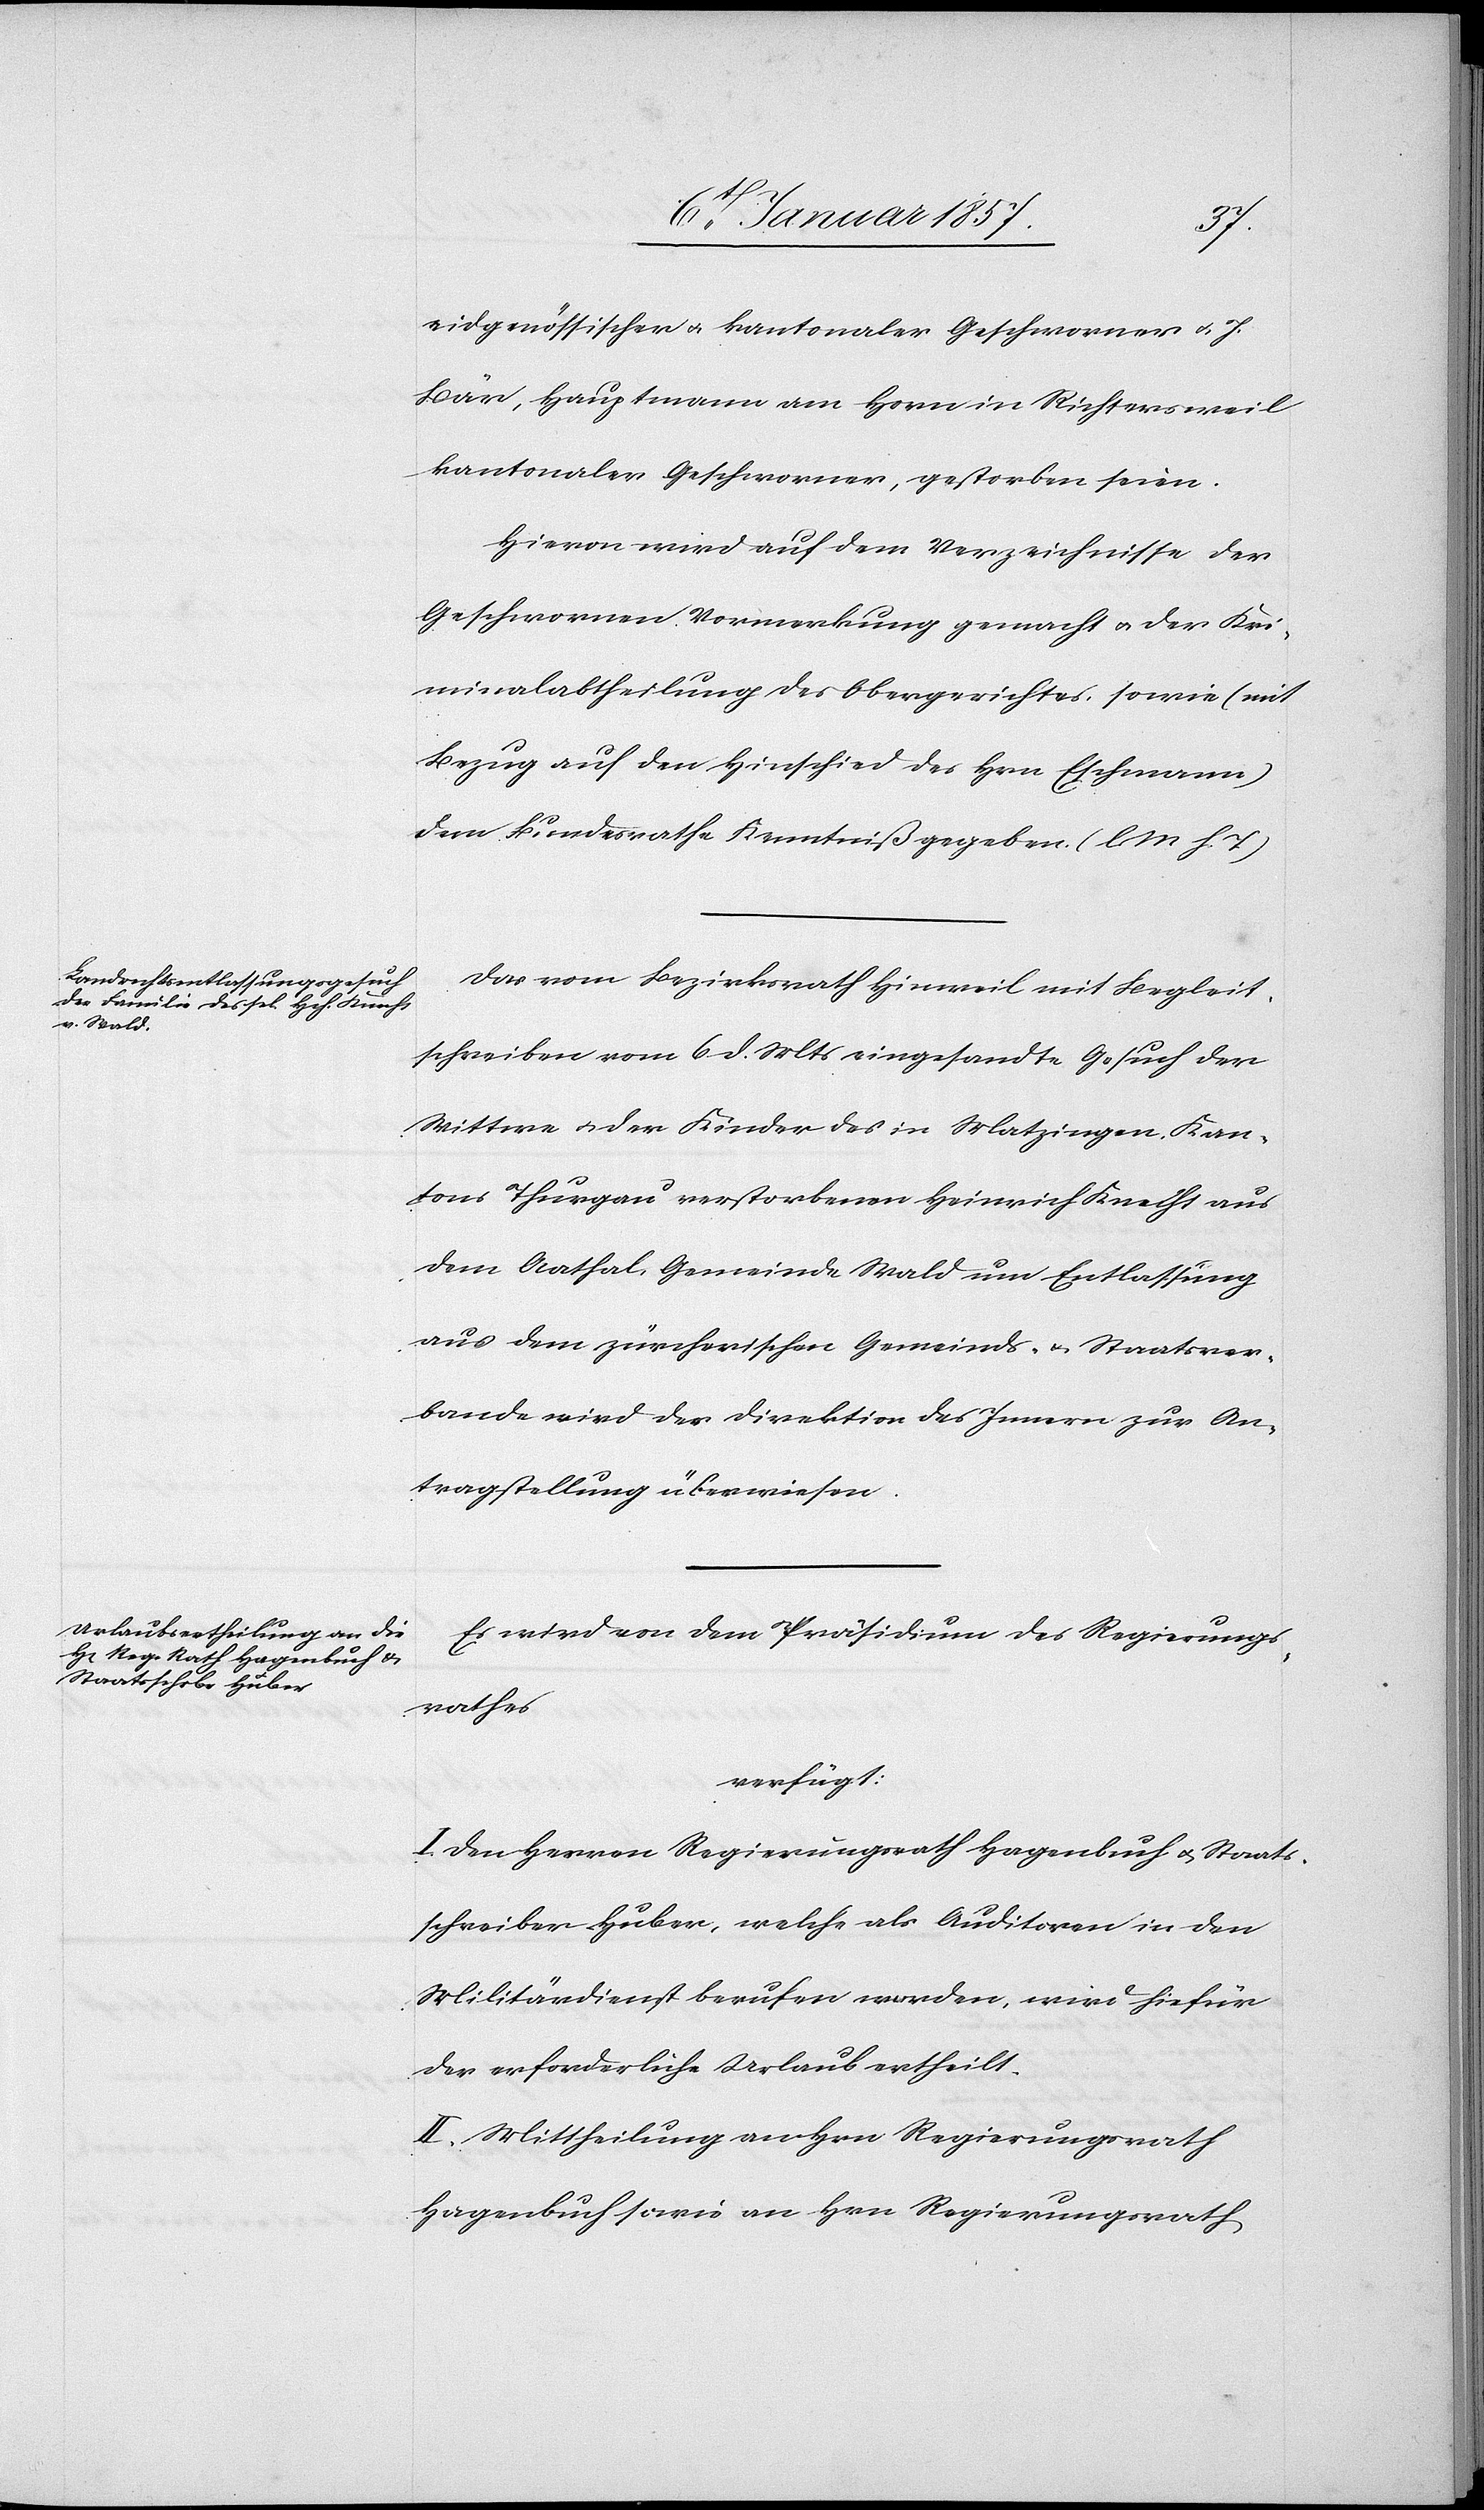
8.t Januar 1857.]
eidgenössischer u. kantonaler Geschworner u. J.
Bär, Hauptmann am Horn in Richtersweil
kantonaler Geschworner, gestorben seien.
Hievon wird auf dem Verzeichnisse der
Geschwornen Vormerkung gemacht u. der Kri¬
minalabtheilung des Obergerichtes, sowie (mit
Bezug auf den Hinschied des Hrn Eschmann)
dem Bundesrathe Kenntniß gegeben. (l. M h. T)
Das vom Bezirksrath Hinweil mit Begleit¬
schreiben vom 6 d. Mts eingesandte Gesuch der
Wittwe u. der Kinder des in Matzingen, Kan¬
tons Thurgau verstorbenen Heinrich Knecht aus
dem Aathal, Gemeinde Wald um Entlassung
aus dem zürcherischen Gemeinds- u. Staatsver¬
bande wird der Direktion des Innern zur An¬
tragstellung überwiesen.
Es wird von dem Präsidium des Regierungs¬
rathes
verfügt:
I. Den Herren Regierungsrath Hagenbuch u. Staats¬
schreiber Huber, welche als Auditoren in den
Militärdienst berufen werden, wird hiefür
der erforderliche Urlaub ertheilt.
II: Mittheilung an Hrn Regierungsrath
Hagenbuch sowie an Hrn Regierungsrath